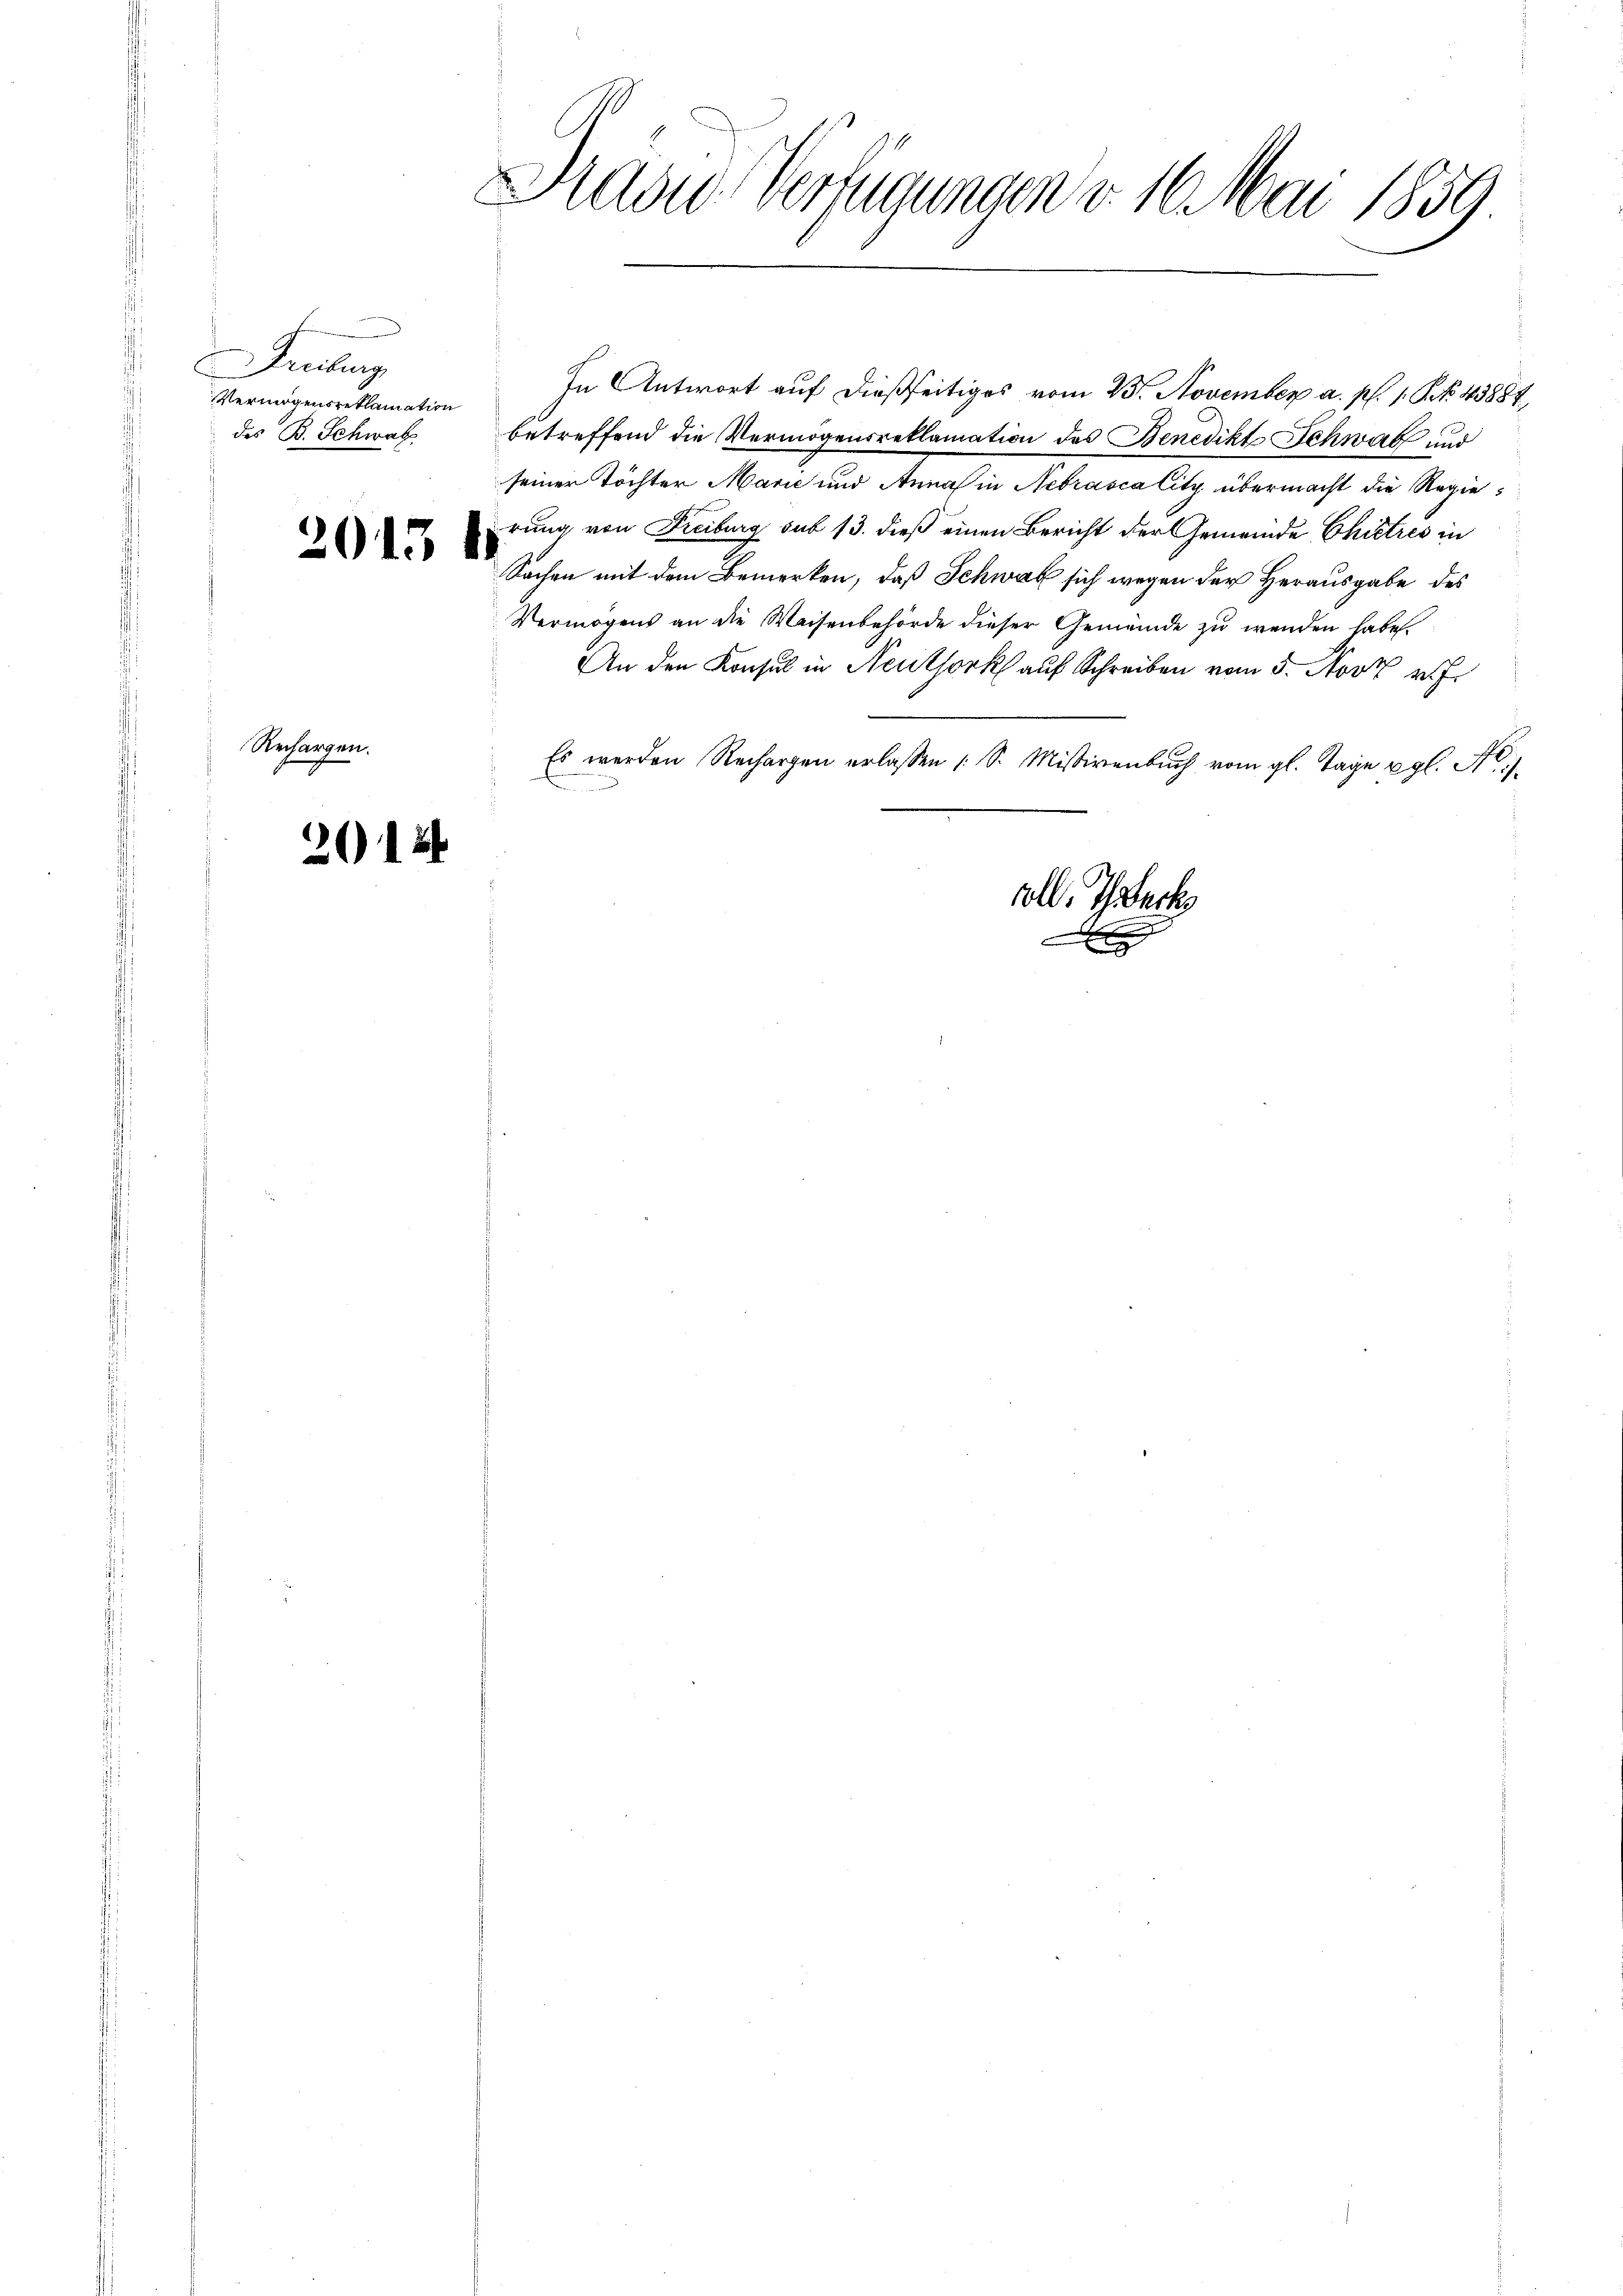
euburg
Vermögensreklamation
des B. Schwal

Rechargen.

2013 f.

2014

1
M
l
t
verfügungen v. 10. Mai 1859.

In Antwort auf dießseitiges vom 23. November a. p. 1. P. Nr. 13884,
betreffend die Vermögensreklamation des Benedikt Schwatz und
seiner Töchter Marie und Anna in Nebráscalitz übermacht die Regierung von Freiburg sub 13. dieß einen Bericht der Gemeinde Chictres in
Sachen mit dem Bemerken, daß Schwab sich wegen der Herausgabe des
Vermögens an die Weisenbehörde dieser Gemeinde zu wenden habe.
An den Konsul in Neuthork auf Schreiben vom 5. Novt v
Es werden Rechargen erlassen (S. Mißivenbŭch vom gl. Tage vgl. A.

volle Thack

x